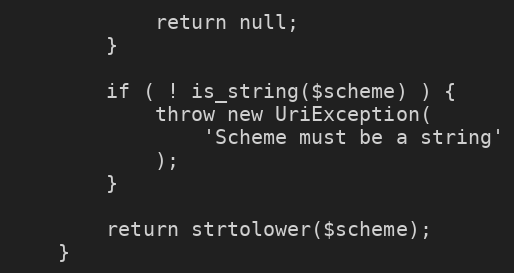
Language: PHP
            return null;
        }

        if ( ! is_string($scheme) ) {
            throw new UriException(
                'Scheme must be a string'
            );
        }

        return strtolower($scheme);
    }